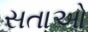
સતાઓ